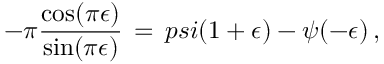
- \pi { \frac { \cos ( \pi \epsilon ) } { \sin ( \pi \epsilon ) } } \, = \, p s i ( 1 + \epsilon ) - \psi ( - \epsilon ) \, ,